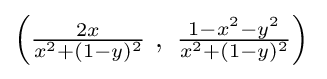
{\textstyle \left({\frac {2x}{x^{2}+(1-y)^{2}}}\ ,\ {\frac {1-x^{2}-y^{2}}{x^{2}+(1-y)^{2}}}\right)\,}